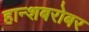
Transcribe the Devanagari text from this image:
हान्शबरोबर